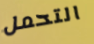
التحمل